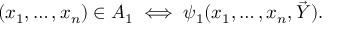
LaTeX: \begin{array} { r l } { \quad } & { { } ( x _ { 1 } , \ldots , x _ { n } ) \in A _ { 1 } \iff \psi _ { 1 } ( x _ { 1 } , \ldots , x _ { n } , { \vec { Y } } ) . } \end{array}